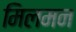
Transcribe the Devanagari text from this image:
मिलमन